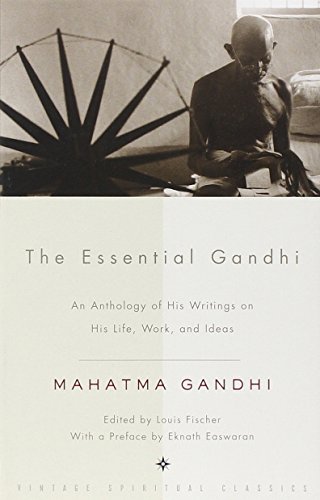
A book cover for The Essential Gandhi: An Anthology of His Writings on His Life, Work, and Ideas; Mahatma Gandhi; History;